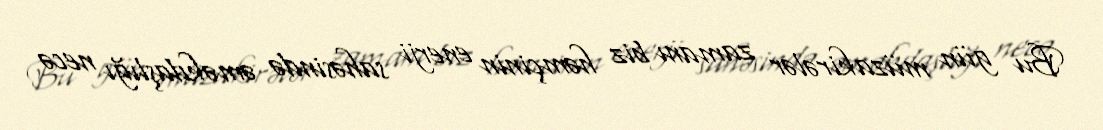
Bu gün müzakirələr zamanı biz həmçinin enerji sahəsində əməkdaşlığı necə